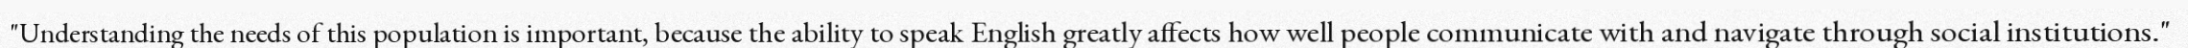
"Understanding the needs of this population is important, because the ability to speak English greatly affects how well people communicate with and navigate through social institutions."